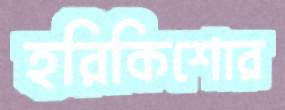
হরিকিশোর